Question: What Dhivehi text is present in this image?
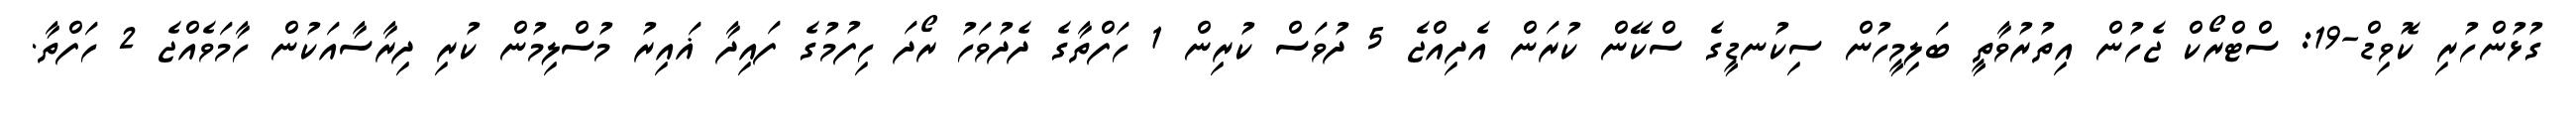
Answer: ގުޅުންހުރި ކޮވިޑް-19: ސްޓްރޯކް ޖެހުން އިތުރުވާތީ ބަލިމީހުން ސިކުނޑީގެ ސްކޭން ކުރަން އެދިއްޖެ 5 ދުވަސް ކުރިން 1 ހަފްތާގެ ދެދުވަހު ރޯދަ ހިފުމުގެ ފައިދާ ޣައިރު މުސްލިމުން ކުރި ދިރާސާއަކުން ހާމަވެއްޖެ 2 ހަފްތާ.